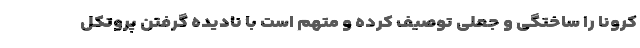
کرونا را ساختگی و جعلی توصیف کرده و متهم است با نادیده گرفتن پروتکل